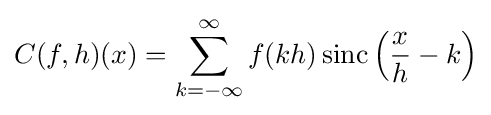
C(f,h)(x)=\sum _{k=-\infty }^{\infty }f(kh)\,{\textrm {sinc}}\left({\dfrac {x}{h}}-k\right)